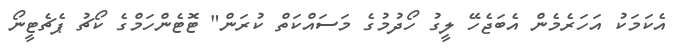
އެކަމަކު އަހަރެމެން އެބަޖެހޭ ލީގު ހޯދުމުގެ މަސައްކަތް ކުރަން" ޓޮޓެންހަމްގެ ކޯޗު ޕެޗެޓީނޯ